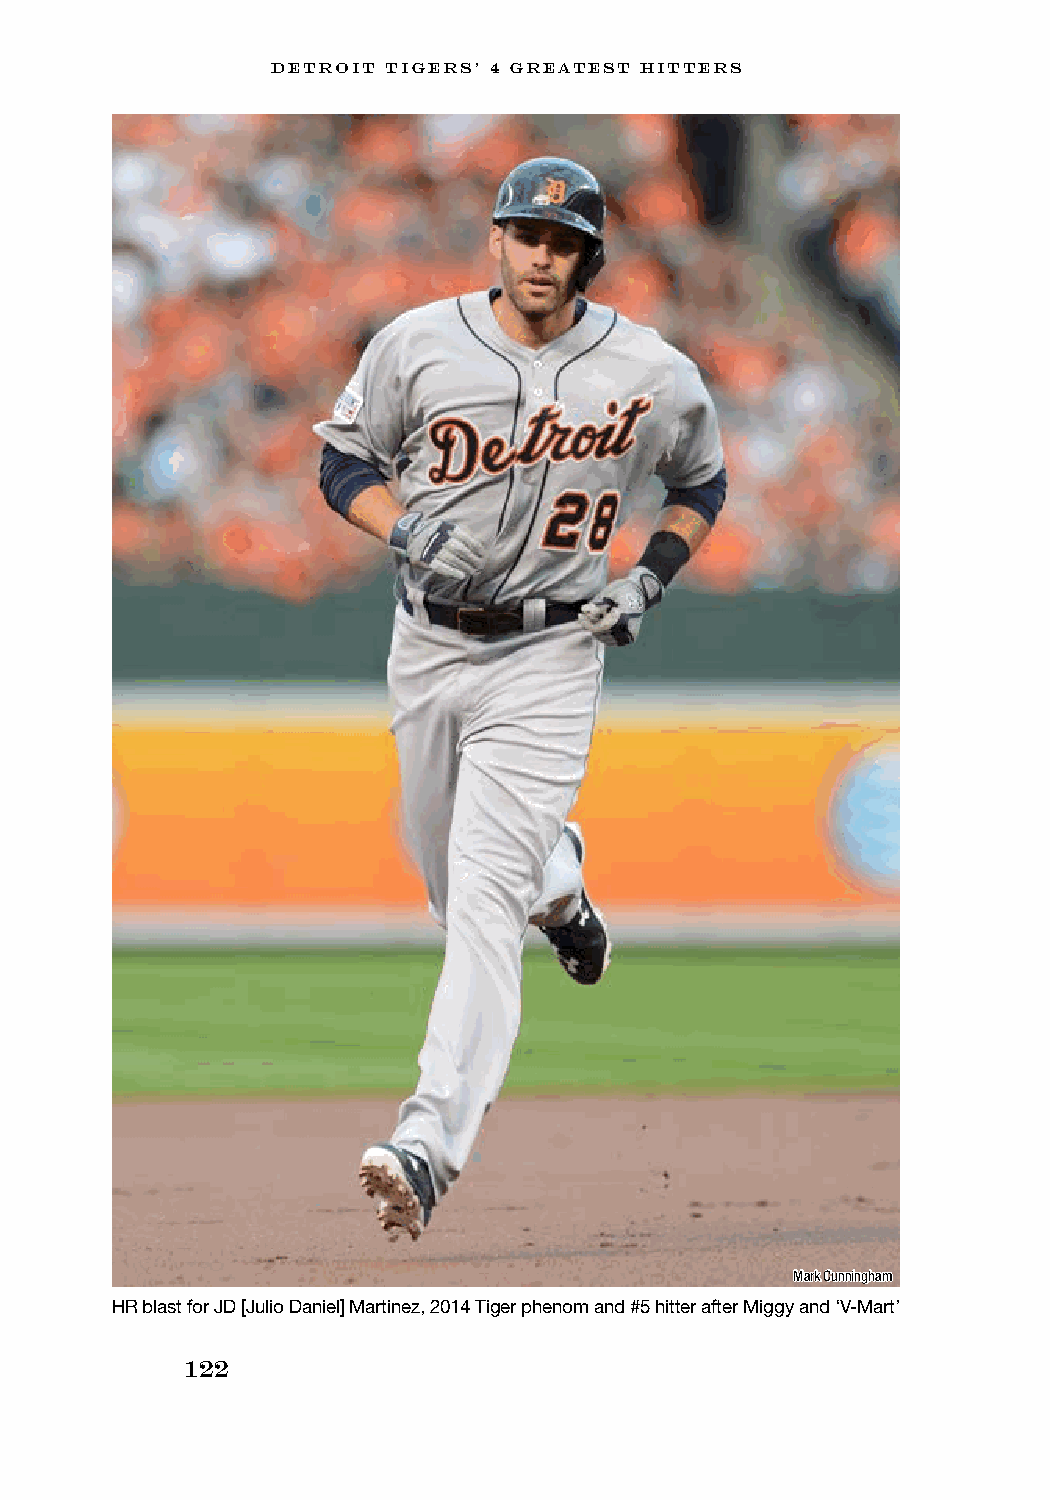
DETROIT TIGERS’ 4 GREATEST HITTERS
 Mark Cunningham
 HR blast for JD [Julio Daniel] Martinez, 2014 Tiger phenom and #5 hitter after Miggy and ‘V-Mart’
 122